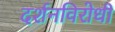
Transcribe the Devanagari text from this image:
दर्शनविरोधी